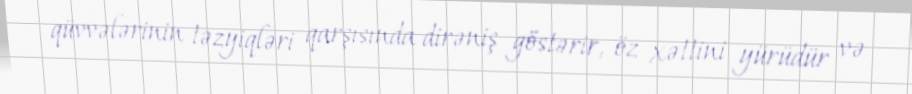
qüvvələrinin təzyiqləri qarşısında dirəniş göstərir, öz xəttini yürüdür və